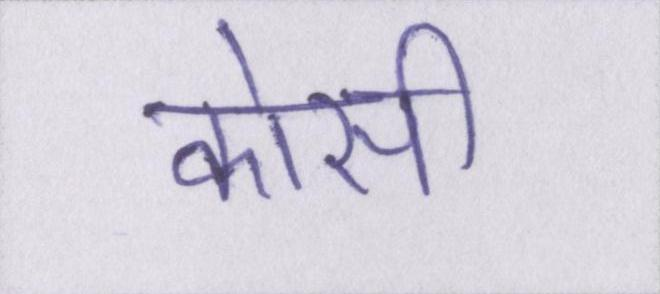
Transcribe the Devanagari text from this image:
कोसी